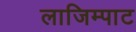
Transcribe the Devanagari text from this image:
लाजिम्पाट